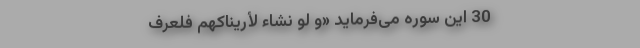
30 این سوره می‌فرماید «وَ لَوْ نَشاءُ لَأَرَیْناکَهُمْ فَلَعَرَفْ